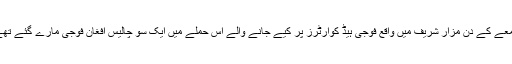
جمعے کے دن مزار شریف میں واقع فوجی ہیڈ کوارٹرز پر کیے جانے والے اس حملے میں ایک سو چالیس افغان فوجی مارے گئے تھے۔